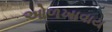
ઓળખાવાય